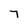
Character: 7